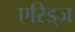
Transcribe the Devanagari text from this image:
एरिड्‌ज